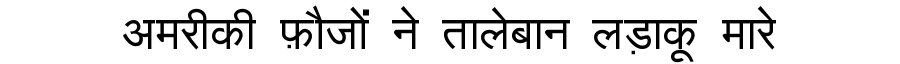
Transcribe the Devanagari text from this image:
अमरीकी फ़ौजों ने तालेबान लड़ाकू मारे